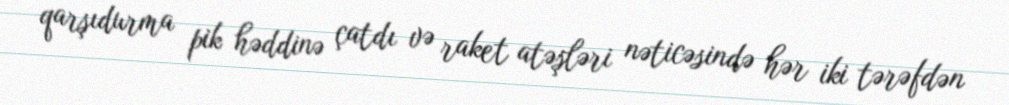
qarşıdurma pik həddinə çatdı və raket atəşləri nəticəsində hər iki tərəfdən